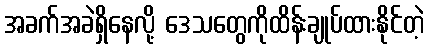
အခက်အခဲရှိနေလို့ ဒေသတွေကိုထိန်းချုပ်ထားနိုင်တဲ့